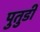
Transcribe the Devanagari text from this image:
पुतुडी